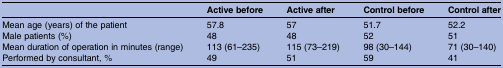
|  | Active before | Active after | Control before | Control after |
 | --- | --- | --- | --- | --- |
 | Mean age (years) of the patient | 57.8 | 57 | 51.7 | 52.2 |
 | Male patients (%) | 48 | 48 | 52 | 51 |
 | Mean duration of operation in minutes (range) | 113 (61–235) | 115 (73–219) | 98 (30–144) | 71 (30–140) |
 | Performed by consultant, % | 49 | 51 | 59 | 41 |